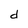
Character: d